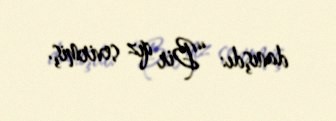
danışdı: “Bir qız sevirmiş.